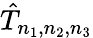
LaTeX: {\hat{T}}_{n_{1},n_{2},n_{3}}